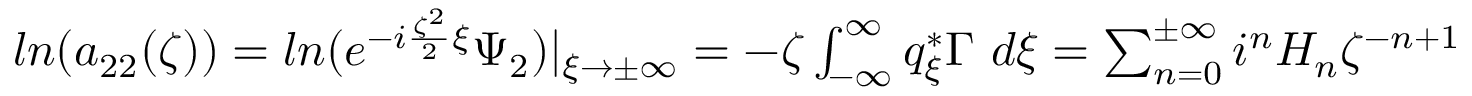
\begin{array} { r } { l n ( a _ { 2 2 } ( \zeta ) ) = l n ( e ^ { - i \frac { \zeta ^ { 2 } } { 2 } \xi } \Psi _ { 2 } ) | _ { \xi \rightarrow \pm \infty } = - \zeta \int _ { - \infty } ^ { \infty } q _ { \xi } ^ { * } \Gamma \ d \xi = \sum _ { n = 0 } ^ { \pm \infty } i ^ { n } H _ { n } \zeta ^ { - n + 1 } } \end{array}